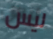
ليس